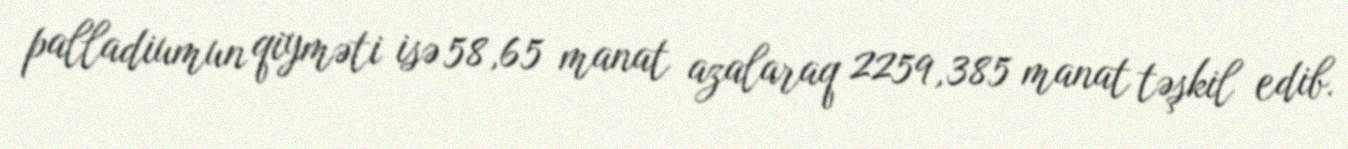
palladiumun qiyməti isə 58,65 manat azalaraq 2259,385 manat təşkil edib.